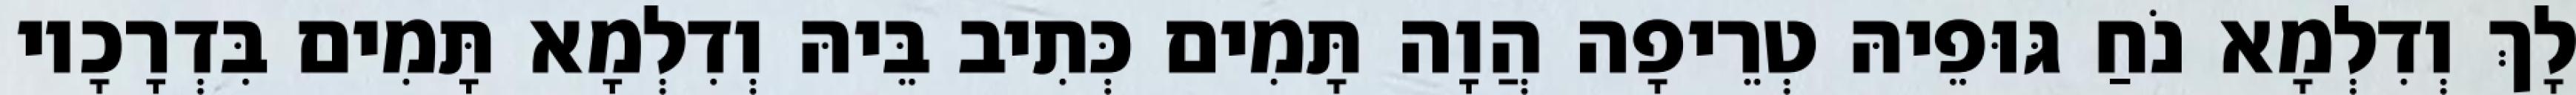
לָךְ וְדִלְמָא נֹחַ גּוּפֵיהּ טְרֵיפָה הֲוָה תָּמִים כְּתִיב בֵּיהּ וְדִלְמָא תָּמִים בִּדְרָכָיו